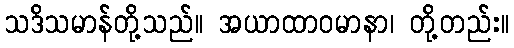
သဒိသမာန်တို့သည်။ အယာထာဝမာနာ၊ တို့တည်း။